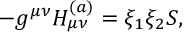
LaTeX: - g ^ { \mu \nu } H _ { \mu \nu } ^ { ( a ) } = \xi _ { 1 } \xi _ { 2 } S ,